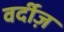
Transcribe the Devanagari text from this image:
वर्दीज़